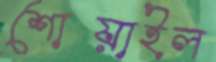
শোয়াইল